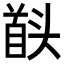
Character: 𮩠